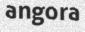
angora